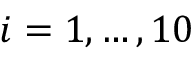
i = 1 , \dots , 1 0